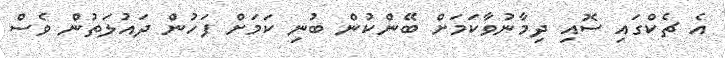
އެ ޗެކްގައި ސޮއި ދިމާނުވާކަމަށް ބޭންކުން ބުނި ކަމަށް ފަހުން ދައުލަތުން ވެސް